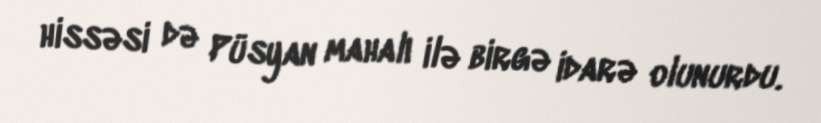
hissəsi də Püsyan mahalı ilə birgə idarə olunurdu.